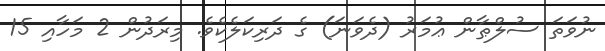
ނުވަތަ ސުލްޠާން ޢުމަރު (ދެވަނަ) ގެ ދަރިކަލެކެވެ. މިރަދުން 2 މަހާއި 15